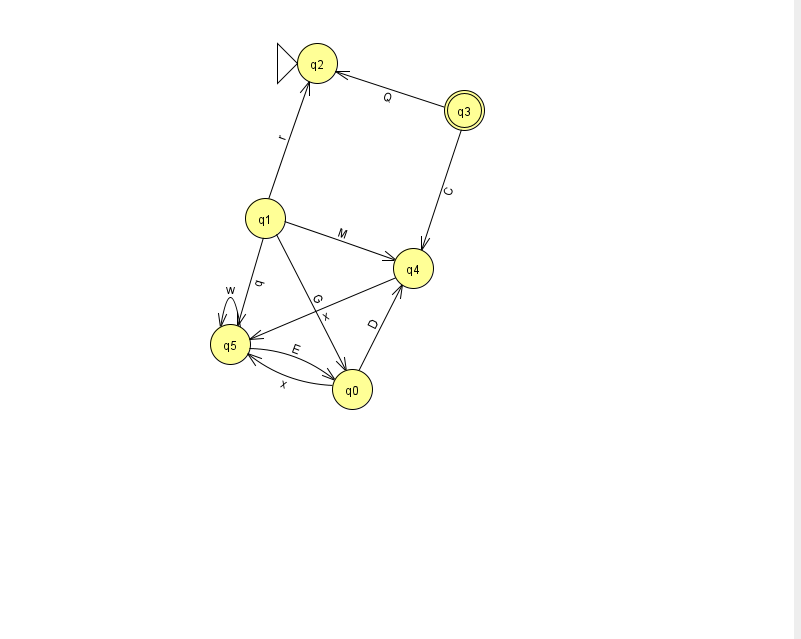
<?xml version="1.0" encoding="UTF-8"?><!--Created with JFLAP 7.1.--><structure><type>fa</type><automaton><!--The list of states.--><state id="0" name="q0"><x>352.0</x><y>376.0</y></state><state id="1" name="q1"><x>265.0</x><y>205.0</y></state><state id="2" name="q2"><x>317.0</x><y>50.0</y><initial/></state><state id="3" name="q3"><x>464.0</x><y>97.0</y><final/></state><state id="4" name="q4"><x>413.0</x><y>255.0</y></state><state id="5" name="q5"><x>230.0</x><y>331.0</y></state><!--The list of transitions.--><transition><from>1</from><to>0</to><read>G</read></transition><transition><from>3</from><to>4</to><read>C</read></transition><transition><from>0</from><to>5</to><read>x</read></transition><transition><from>3</from><to>2</to><read>Q</read></transition><transition><from>1</from><to>4</to><read>M</read></transition><transition><from>5</from><to>5</to><read>w</read></transition><transition><from>0</from><to>4</to><read>D</read></transition><transition><from>1</from><to>2</to><read>r</read></transition><transition><from>1</from><to>5</to><read>q</read></transition><transition><from>4</from><to>5</to><read>x</read></transition><transition><from>5</from><to>0</to><read>E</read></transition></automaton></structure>